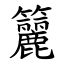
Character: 籭